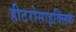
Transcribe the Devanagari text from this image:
हीटरोसाइक्लिक